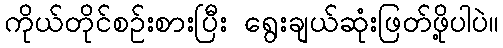
ကိုယ်တိုင်စဉ်းစားပြီး ရွေးချယ်ဆုံးဖြတ်ဖို့ပါပဲ။